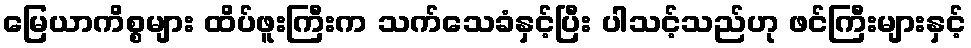
မြေယာကိစ္စများ ထိပ်ဖူးကြီးက သက်သေခံနှင့်ပြီး ပါသင့်သည်ဟု ဖင်ကြီးများနှင့်